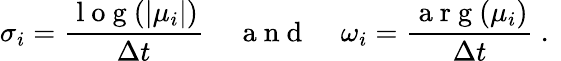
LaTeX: \sigma_{i}=\frac{\mathrm{~l~o~g~}(|\mu_{i}|)}{\Delta t}\; \; \; \; \mathrm{~a~n~d~}\; \; \; \; \omega_{i}=\frac{\mathrm{~a~r~g~}(\mu_{i})}{\Delta t}\mathrm{~.~}